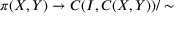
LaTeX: \pi ( X , Y ) \to C ( I , C ( X , Y ) ) / \sim